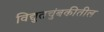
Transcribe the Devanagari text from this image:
विद्युतचुंबकीतील